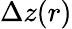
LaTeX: \Delta z(r)